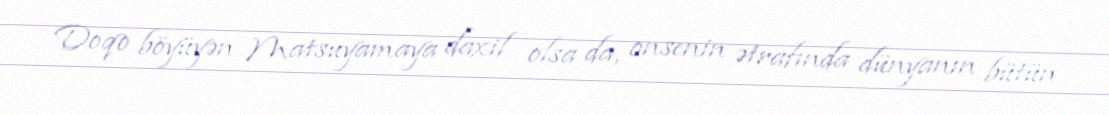
Doqo böyüyən Matsuyamaya daxil olsa da, onsenin ətrafında dünyanın bütün